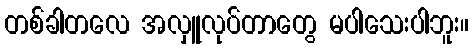
တစ်ခါတလေ အလှူလုပ်တာတွေ မပါသေးပါဘူး။